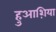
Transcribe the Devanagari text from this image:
हुआश़िया